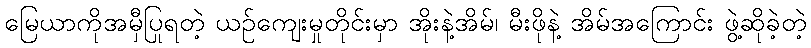
မြေယာကိုအမှီပြုရတဲ့ ယဉ်ကျေးမှုတိုင်းမှာ အိုးနဲ့အိမ်၊ မီးဖိုနဲ့ အိမ်အကြောင်း ဖွဲ့ဆိုခဲ့တဲ့